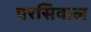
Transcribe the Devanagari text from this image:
परसिवाल